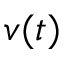
v ( t )